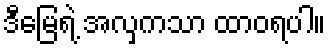
ဒီမြေရဲ့ အလှကသာ ထာဝရပါ။